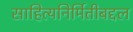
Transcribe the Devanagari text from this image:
साहित्यनिर्मितीबद्दल